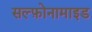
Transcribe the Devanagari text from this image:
सल्‍फ़ोनामाइड